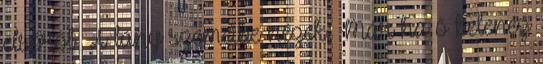
elsőről A lány szemeibe nézek. Már ha ő belenéz